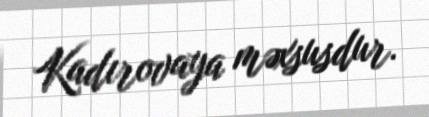
Kadırovaya məxsusdur.